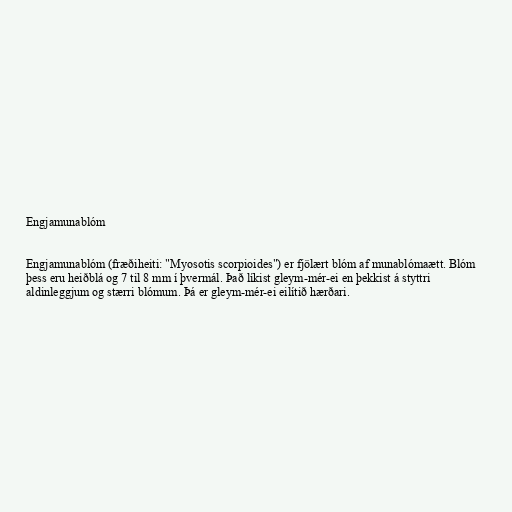
Engjamunablóm

Engjamunablóm (fræðiheiti: "Myosotis scorpioides") er fjölært blóm af munablómaætt. Blóm
þess eru heiðblá og 7 til 8 mm í þvermál. Það líkist gleym-mér-ei en þekkist á styttri
aldinleggjum og stærri blómum. Þá er gleym-mér-ei eilítið hærðari.